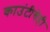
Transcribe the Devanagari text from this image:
काउंटीचेही